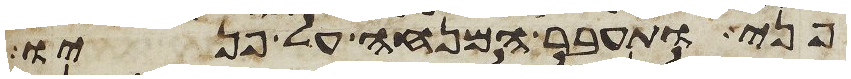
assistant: פני ותעבר המנחה על פניו